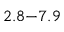
2 . 8 \mathrm { - } 7 . 9